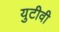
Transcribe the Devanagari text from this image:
युटीवी